Elephants and their diseases
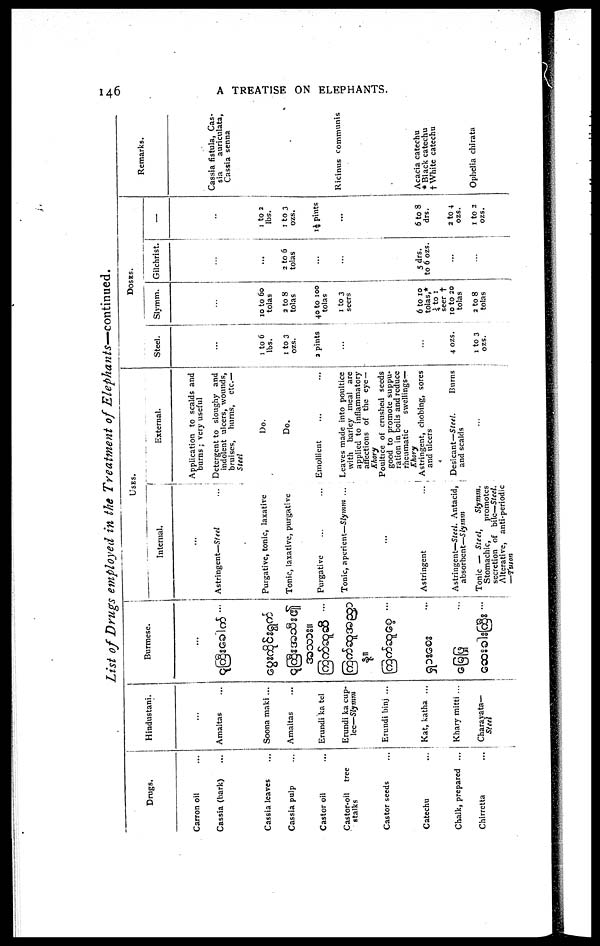
146
A TREATISE ON ELEPHANTS.
List of Drugs employed in the Treatment of
Elephants—continued.
Drugs.
Carron oil
Cassia (bark)
Cassia leaves
Cassia pulp
Castor oil
Castor-oil tree
stalks
Castor seeds
Catechu
Chalk, prepared ...
Chirretta
Hindustani.
...
Amaltas
Soona maki ...
Amaltas
Erundi ka tel
Erundi ka cup-
lec—Slymm
Erundi binj ...
Kat, katha ...
Khary mitti ...
Charavata—
Steel
Burmese.
...
...
...
USES.
Internal.
...
Astringent—Steel
...
Purgative, tonic, laxative
Tonic, laxative, purgative
Purgative
...
...
Tonic, aperient—Slymm ...
...
Astringent
...
Astringent—Steel. Antacid,
absorbent—Slymm
Tonic — Steel,
Slymm.
Stomachic,
promotes
secretion of bile—Steel.
Alterative, anti-periodic
—Tuson
External.
Application to scalds and
burns ; very useful
Detergent to sloughy and
indolent ulcers, wounds,
bruises, burns, etc.—
Steel
Do.
Do.
Emollient
Leaves made into poultice
with barley meal are
applied to inflammatory
affections of the eye —
Khory
Poultice of crushed seeds
good to promote suppu-
ration in boils and reduce
rheumatic
swellings—
Khory
Astringent, chobing, sores
and ulcers
Desicant—Steel.
Burns
and scalds
DOSES.
Steel.
...
l to 6
lbs.
1 to 3
ozs.
2 pints
...
...
4 ozs.
1 to 3
ozs.
Slymm.
...
10 to 60
tolas
2 to 8
tolas
40 to 100
tolas
1 to 3
seers
6 to 10
tolas,*
¼ to 1
seer †
10 to 20
tolas
2 to 8
tolas
Gilchrist.
...
...
2 to 6
tolas
...
...
5 drs.
to 6 ozs.
...
...
—
...
1 to 2
lbs.
1 to 3
ozs.
1½ pints
...
6 to 8
drs.
2 to 4
ozs.
1 to 2
ozs.
Remarks.
Cassia fistula, Cas¬
sia
auriculata,
Cassia senna
Ricinus communis
Acacia catechu
* Black catechu
†White catechu
Ophelia chirata